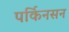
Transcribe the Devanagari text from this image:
पर्किनसन